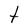
Character: t